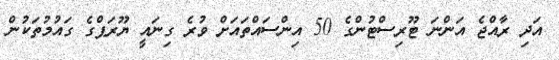
އަދި ރާއްޖެ އަންނަ ޓޫރިސްޓުންގެ 50 އިންސައްތައަށް ވުރެ ގިނައީ ޔޫރަޕްގެ ގައުމުތަކުން